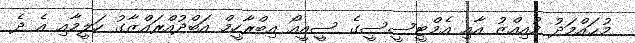
މުޙައްމަދު މުއިއްޒު އާއި އެމްޓީސީސީގެ ސީއީއޯ އިބްރާހީމް އަބްދުއްރައްޒާގު ހަލީމާއި އެ ދެ